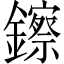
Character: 鑔